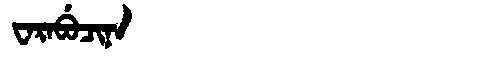
Manchu: ᠸᠠᡵᠠᠪᡠᠴᡳᠨᠠ
Romanization: WARABUCINA